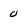
Character: 0